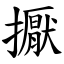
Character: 擫